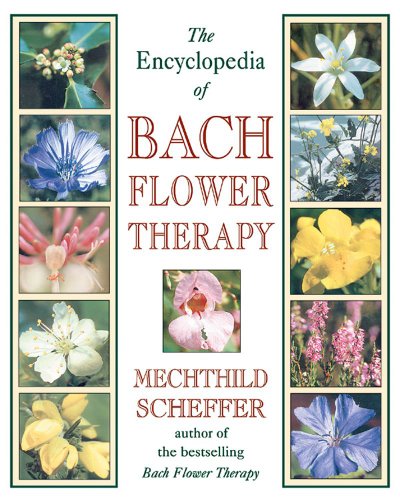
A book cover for The Encyclopedia of Bach Flower Therapy; Mechthild Scheffer; Health, Fitness & Dieting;